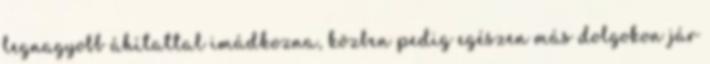
legnagyobb áhítattal imádkozna, közben pedig egészen más dolgokon jár